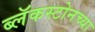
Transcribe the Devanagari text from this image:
ब्लॅकस्टोनच्या